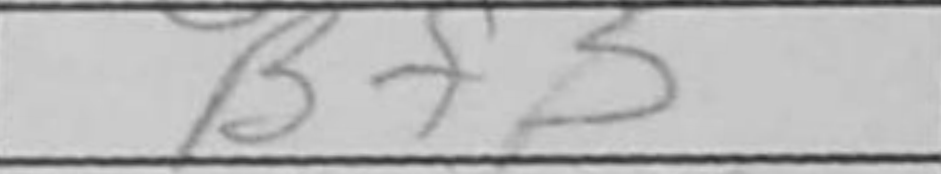
Transcription: Bf5